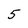
Character: 5